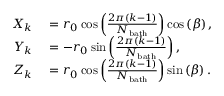
\begin{array} { r l } { X _ { k } } & { { } = r _ { 0 } \cos \left( \frac { 2 \pi ( k - 1 ) } { N _ { \mathrm { b a t h } } } \right) \cos \left( \beta \right) , } \\ { Y _ { k } } & { { } = - r _ { 0 } \sin \left( \frac { 2 \pi ( k - 1 ) } { N _ { \mathrm { b a t h } } } \right) , } \\ { Z _ { k } } & { { } = r _ { 0 } \cos \left( \frac { 2 \pi ( k - 1 ) } { N _ { \mathrm { b a t h } } } \right) \sin \left( \beta \right) . } \end{array}